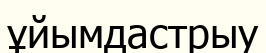
ұйымдастрыу